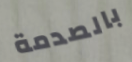
بالصدمة